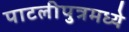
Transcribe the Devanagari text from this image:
पाटलीपुत्रमध्ये